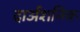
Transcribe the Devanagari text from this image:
दार्अशनिक